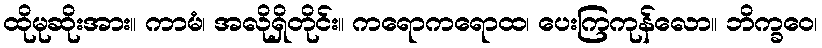
ထိုမုဆိုးအား။ ကာမံ၊ အလိုရှိတိုင်း။ ကရောကရောထ၊ ပေးကြကုန်လော။ ဘိက္ခဝေ၊